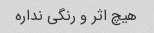
هیچ اثر و رنگی نداره